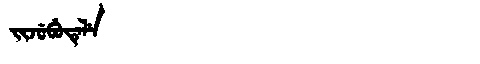
Manchu: ᠵᡳᠵᡠᠪᡠᡨᡝᠯᡝ
Romanization: JIJUBUTELE